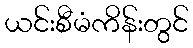
ယင်းစီမံကိန်းတွင်